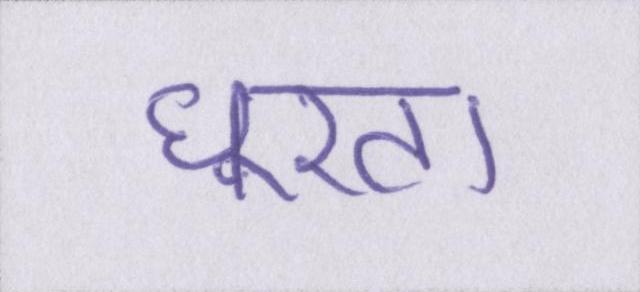
घूरता